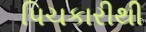
પિચકારીથી